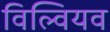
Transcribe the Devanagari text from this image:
विल्वियव